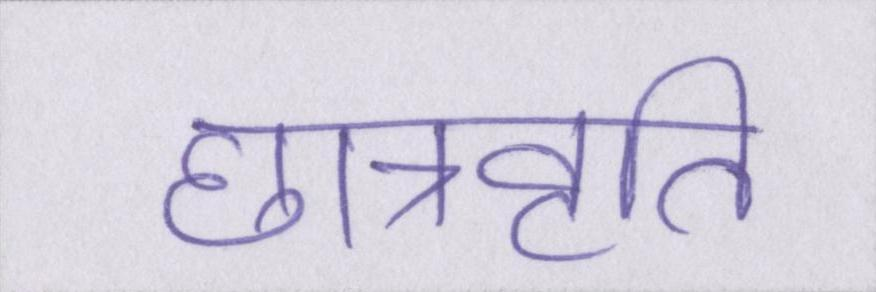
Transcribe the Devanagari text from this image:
छात्रवृति